Vaccination in Bombay 1913-1923 - 1913-1923
Year: 1913
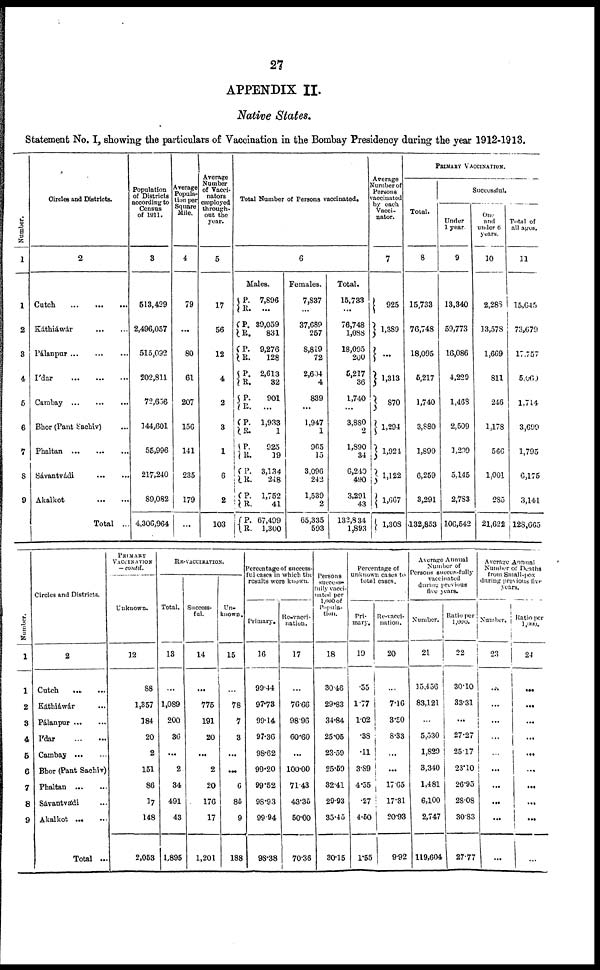
27
APPENDIX II.
Native States.
Statement No. I, showing the particulars of Vaccination in the Bombay Presidency during the year 1912-1913.
Number.
1
1
2
3
4
5
6
7
8
9
Circles and Districts.
2
Cutch
...
...
...
Káthiáwár
...
...
Pálanpur
...
...
...
I'dar
...
...
...
Cambay
...
...
...
Bhor (Pant Sachiv)
Phaltan
...
...
...
Sávantvádi
...
...
Akalkot
...
...
Total ...
Population
of Districts
according to
Census
of 1911.
3
513,429
2,496,057
515,092
202,811
72,656
344,601
55,996
217,240
89,082
4,306,964
Average
Popula-
tion per
Square
Mile.
4
79
...
80
61
207
156
141
235
179
...
Average
Number
of Vacci¬
nators
employed
through-
out the
year.
5
17
56
12
4
2
3
1
6
2
103
Total Number of Persons vaccinated.
6
Males.
P.
R.
P.
R.
P.
R.
P.
R.
P.
R.
P.
R.
P.
R.
P.
R.
P.
R.
P.
R.
7,896
...
39,059
831
9,276
128
2,613
32
901
...
1,933
1
925
19
3,134
248
1,752
41
67,499
1,300
Females.
7,837
...
37,689
257
8,819
72
2,604
4
839
...
1,947
1
965
15
3,096
242
1,539
2
65,335
593
Total.
15,733
...
76,748
1,088
18,095
200
5,217
36
1,740
...
3,880
2
1,890
34
6,240
490
3,291
43
132,834
1,893
Average
Number of
Persons
vaccinated
by each
Vacci¬
nator.
7
925
1,389
...
1,313
870
1,294
1,924
1,122
1,667
1,308
PRIMARY VACCINATION.
Total.
8
15,733
76,748
18,095
5,217
1,740
3,880
1,890
6,259
3,291
132,853
Successful.
Under
1 year.
9
13,340
59,773
16,086
4,229
1,408
2,509
3,209
5,145
2,783
106,542
One
and
under 6
years.
10
2,288
13,578
1,669
811
246
1,178
566
1,001
285
21,622
Total of
all ages.
11
15,645
73,679
17,757
5,060
1,714
3,699
1,795
6,175
3,141
128,665
Number.
1
1
2
3
4
5
6
7
8
9
Circles and Districts.
2
Cutch ... ...
Káthiáwár ...
Pálanpur
...
...
I'dar
...
...
Cambay
...
...
Bhor (Pant Sachiv)
Phaltan
...
...
Sávantvádi ...
Akalkot ... ...
Total ...
PRIMARY
VACCINATION
— could.
Unknown.
12
88
1,357
184
20
2
151
86
17
148
2,053
RE-VACCINATION.
Total.
13
...
1,089
200
36
...
2
34
491
43
1,895
Success-
ful.
14
...
775
191
20
...
2
20
176
17
1,201
Un¬
known.
15
...
78
7
3
...
...
6
85
9
188
Percentage of success-
ful cases in which the
results were known.
Primary.
16
99.44
97.73
99.14
97.36
98.62
99.20
99.52
98.93
99.94
98.38
Re-vacci¬
nation.
17
...
76.66
98.96
60.60
...
100.00
71.43
43.35
50.00
70.36
Persons
success¬
fully vacci-
nated per
1,000 of
Popula¬
-----
18
30.46
29.83
34.84
25.05
23.59
25.59
32.41
29.93
35.45
30.15
Percentage of
unknown cases to
total cases.
Pri-
mary.
19
.55
1.77
1.02
.38
.11
3.89
4.55
.27
4.50
1.55
Re-vacci¬
nation.
20
...
7.16
3.50
8.33
...
...
17.65
17.31
20.93
9.92
Average Annual
Number of
Persons successfully
vaccinated
during previous
five years.
Number.
21
15,456
83,121
...
5,530
1,829
3,340
1,481
6,100
2,747
119,604
Ratio per
1,000.
22
30.10
33.31
...
27.27
25.17
23.10
26.95
28.08
30.83
27.77
Average Annual
Number of Deaths
from Small-pox
during previous five
years.
Number,
23
...
...
...
...
...
...
...
...
...
...
Ratio per
1,000.
24
...
...
...
...
...
...
...
...
...
...